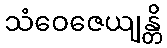
သံဝေဇေယျန္တိ